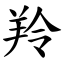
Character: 羚